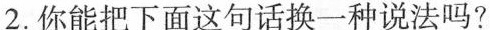
2.你能把下面这句话换一种说法吗？